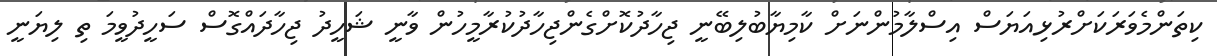
ކިތަންމެވަރަކަށްރުޅިއަޔަސް އިސްލާމުންނަށް ކާމިޔާބުލިބޭނީ ޖިހާދުކޮށްގެންޖިހާދުކުރާމީހުން ވާނީ ޝަހީދު ޖިހާދައްގޮސް ސަހީދުވީމަ ތި ލިޔަނީ